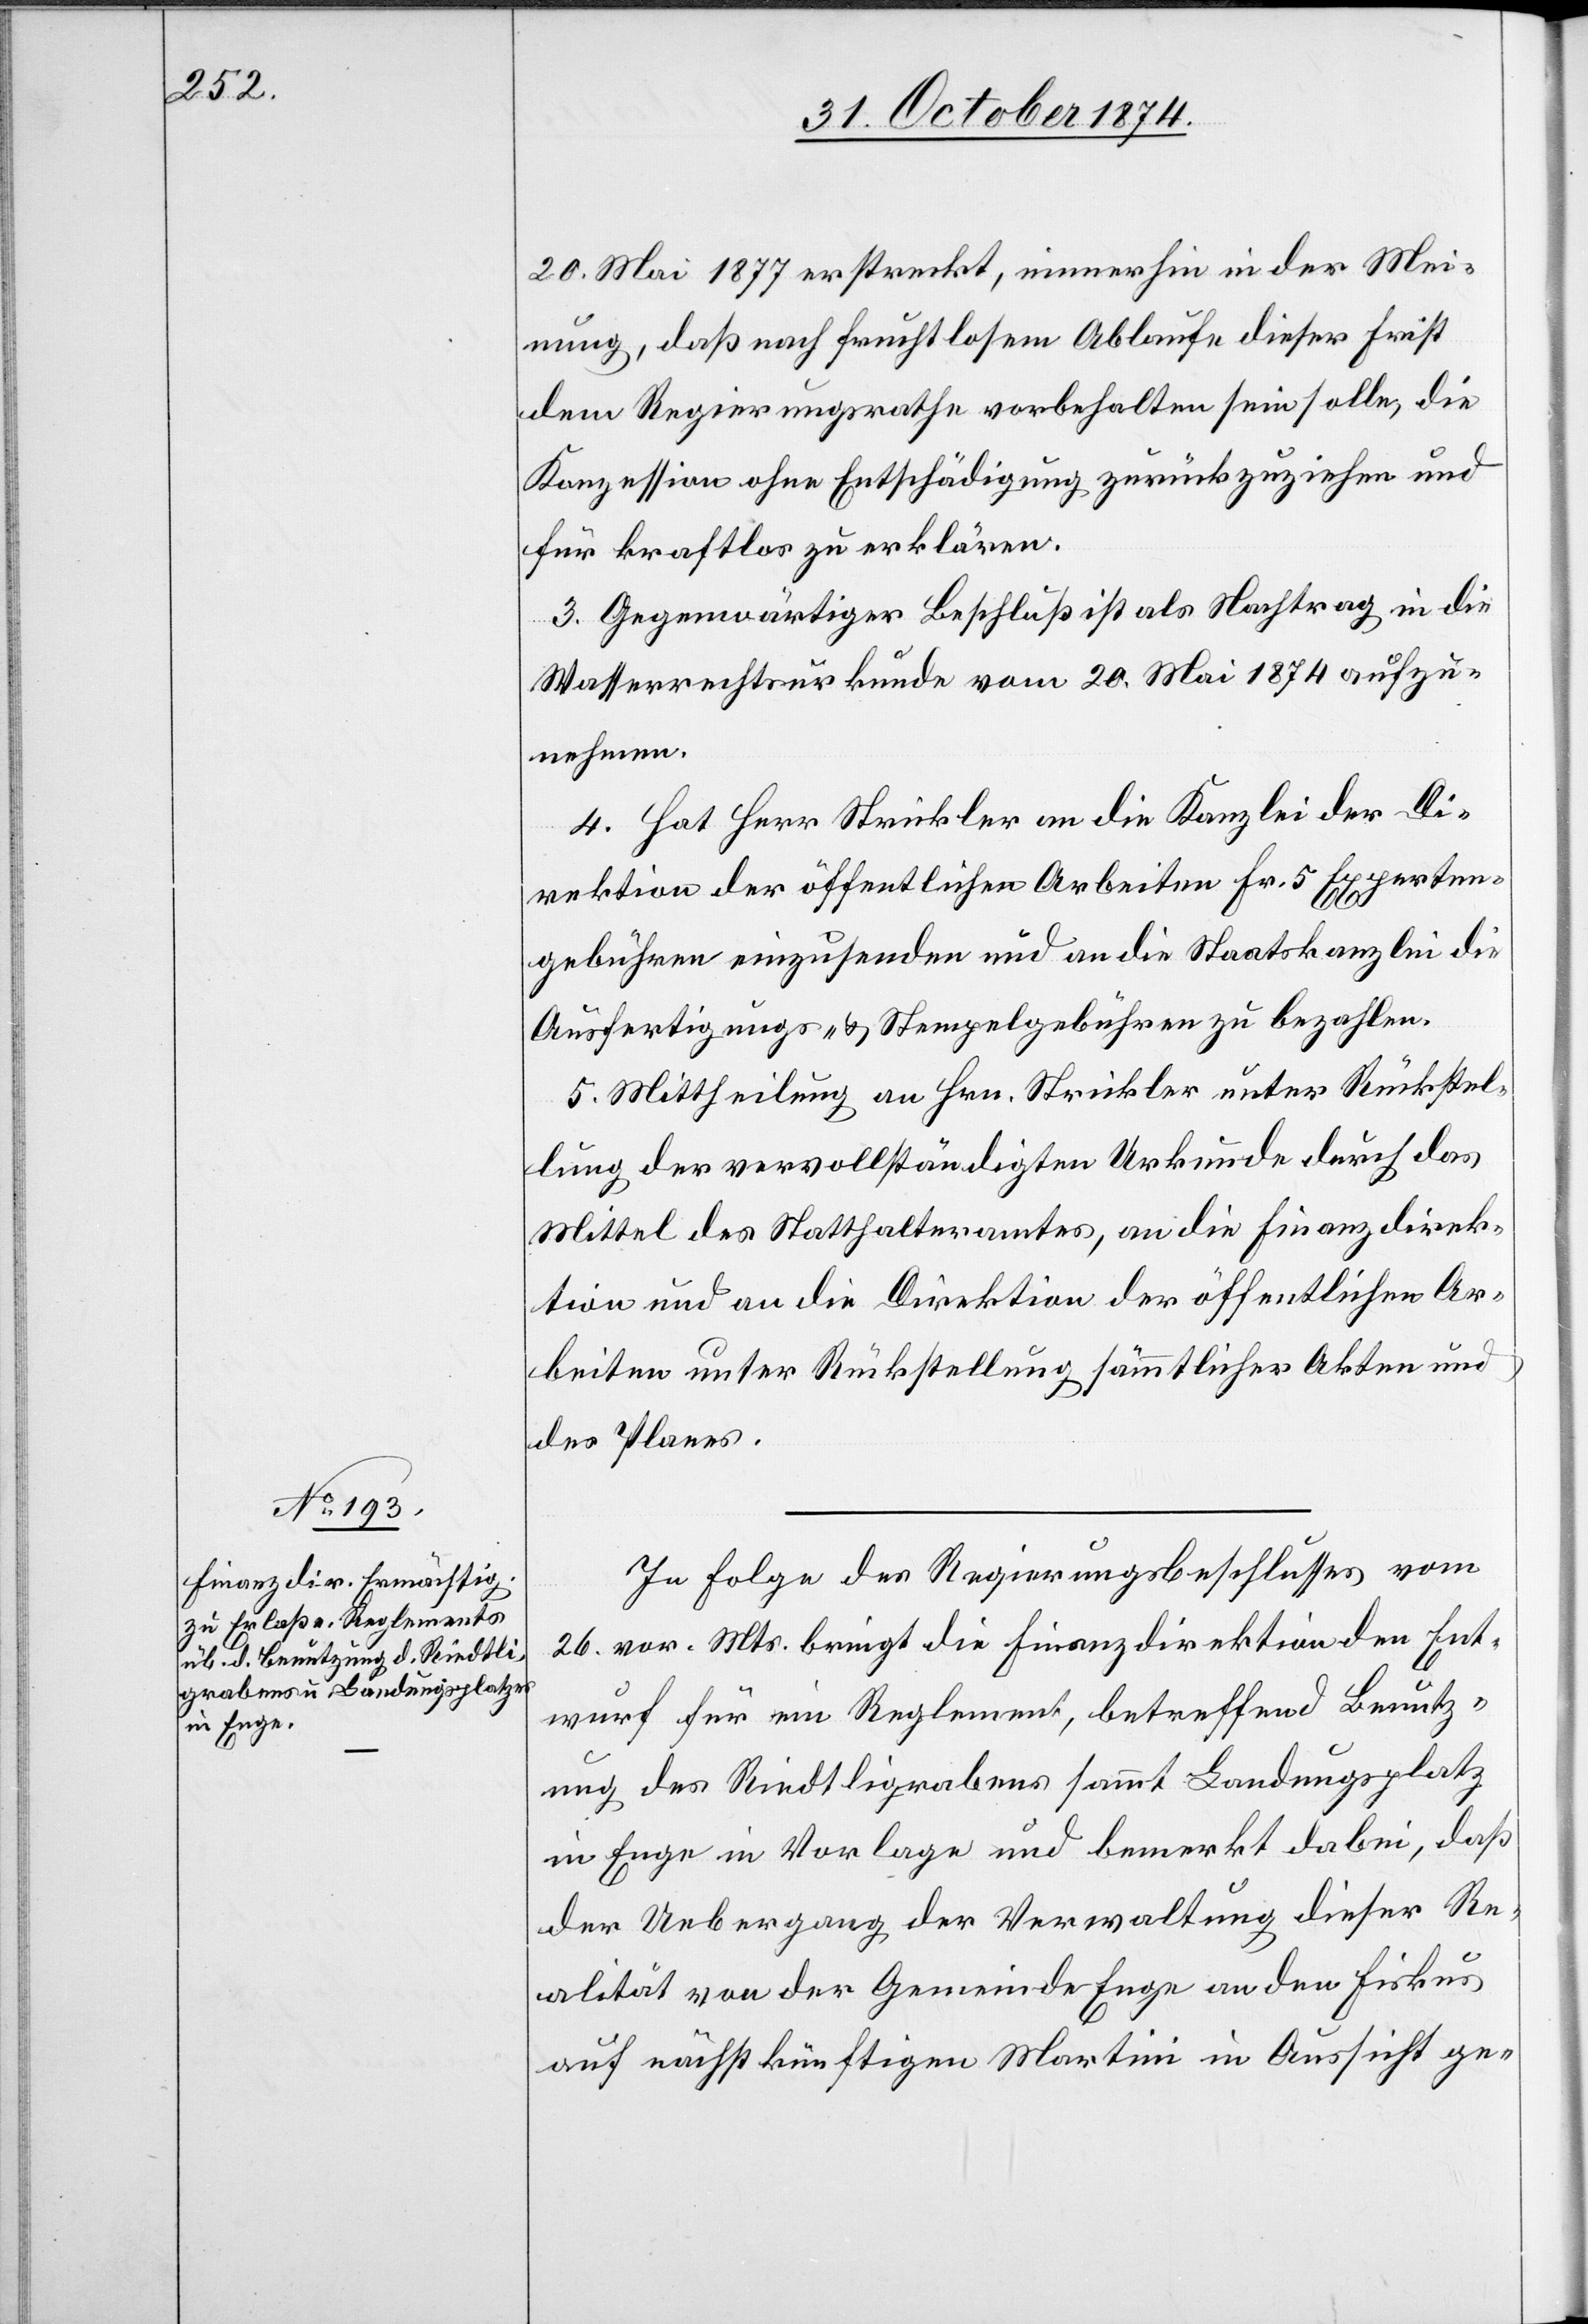
20. Mai 1877 erstreckt, immerhin in der Mei¬
nung, daß nach fruchtlosem Ablaufe dieser Frist
dem Regierungsrathe vorbehalten sein solle, die
Konzession ohne Entschädigung zurückzuziehen und
für kraftlos zu erklären.
3. Gegenwärtiger Beschluß ist als Nachtrag in die
Wasserrechtsurkunde vom 20. Mai 1874 aufzu¬
nehmen.
4. Hat Herr Strickler an die Kanzlei der Di¬
rektion der öffentlichen Arbeiten Fr. 5 Experten¬
gebühren einzusenden und an die Staatskanzlei die
Ausfertigungs- & Stempelgebühren zu bezahlen.
5. Mittheilung an Hrn. Strickler unter Rückstel¬
lung der vervollständigten Urkunde durch das
Mittel des Statthalteramtes, an die Finanzdirek¬
tion und an die Direktion der öffentlichen Ar¬
beiten unter Rückstellung sämmtlicher Akten und
des Planes.
In Folge des Regierungsbeschlusses vom
26. vor. Mts. bringt die Finanzdirektion den Ent¬
wurf für ein Reglement, betreffend Benutz¬
ung des Riedtligrabens sammt Landungsplatz
in Enge in Vorlage und bemerkt dabei, daß
der Uebergang der Verwaltung dieser Re¬
alität von der Gemeinde Enge an den Fiskus
auf nächstkünftigen Martini in Aussicht ge-